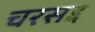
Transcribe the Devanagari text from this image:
चरसद्द